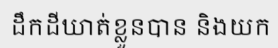
ដឹកដីឃាត់ខ្លួនបាន និងយក